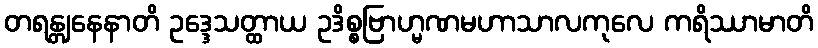
တရန္တျနေနာတိ ဥဒ္ဒေသတ္ထာယ ဥဒိစ္စဗြာဟ္မဏမဟာသာလကုလေ ကရိဿာမာတိ